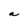
Character: a